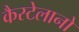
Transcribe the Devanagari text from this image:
कैस्टेलानो